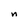
Character: n